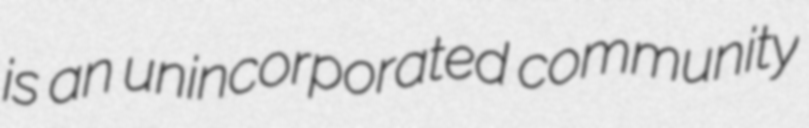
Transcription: is an unincorporated community